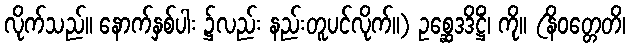
လိုက်သည်။ နောက်နှစ်ပါး ၌လည်း နည်းတူပင်လိုက်။) ဥစ္ဆေဒဒိဋ္ဌိံ၊ ကို။ (နိဝတ္တေတိ၊